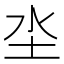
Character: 坔